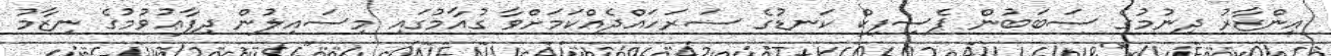
އިންޒާރު ދިނުމުގެ ސަބަބުން ޕެސިފިކް ކަނޑުގެ ސަރަހައްދެއްކަމަށްވާ ގުއާމުގައި މިސައިލުން ދިފާޢުވުމުގެ ނިޒާމު